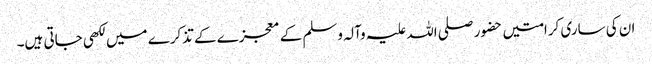
ان کی ساری کرامتیں حضور صلی اللہ علیہ وآلہ وسلم کے معجزے کے تذکرے میں لکھی جاتی ہیں۔